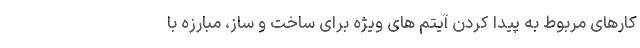
کارهای مربوط به پیدا کردن آیتم های ویژه برای ساخت و ساز، مبارزه با